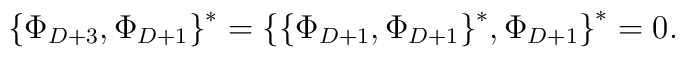
{\{\Phi_{D+3},\Phi_{D+1}\}}^*={\{{\{\Phi_{D+1},\Phi_{D+1}\}}^*,\Phi_{D+1}\}}^*=0.